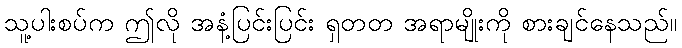
သူ့ပါးစပ်က ဤလို အနံ့ပြင်းပြင်း ရှတတ အရာမျိုးကို စားချင်နေသည်။